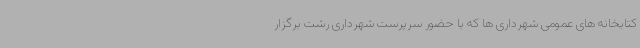
کتابخانه های عمومی شهرداری ها که با حضور سرپرست شهرداری رشت برگزار